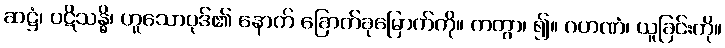
ဆဋ္ဌံ၊ ပဋိသန္ဓိ၊ ဟူသောပုဒ်၏ နောက် ခြောက်ခုမြောက်ကို။ ကတွာ၊ ၍။ ဂဟဏံ၊ ယူခြင်းကို။